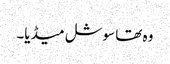
وہ تھا سوشل میڈیا۔